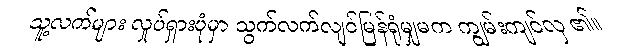
သူ့လက်များ လှုပ်ရှားပုံမှာ သွက်လက်လျင်မြန်ရုံမျှမက ကျွမ်းကျင်လှ ၏။